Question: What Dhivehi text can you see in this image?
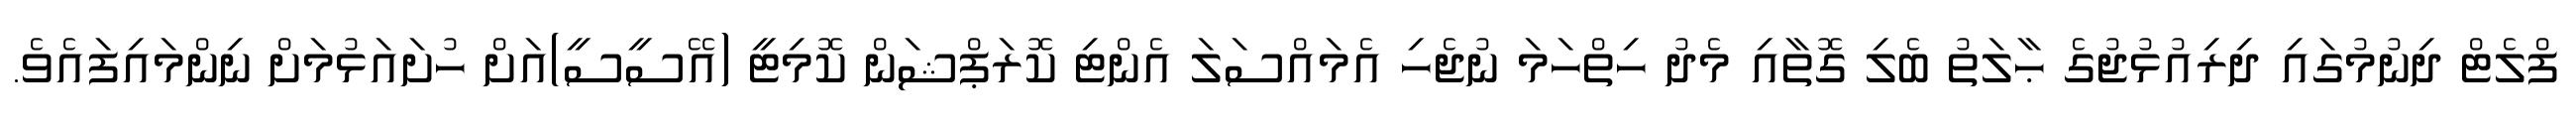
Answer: ފްލެޓް ދިނުމުގައި ދިރިއުޅުޖުގެ ޙާލަތު ބެލި ގޮތާއި މެދު ހިތްހަމަ ނުޖެހި އެމައްސަލަ އެންޓި ކޮރަޕްޝަން ކޮމިޓީ (އޭސީސީ)އަށް ހުށައަޅުމަށް ނިންމައިފައެވެ.